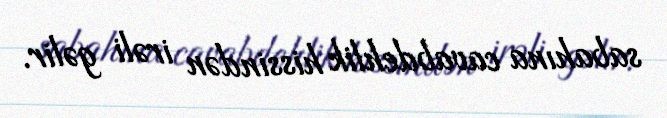
sabahına cavabdehlik hissindən irəli gəlir.